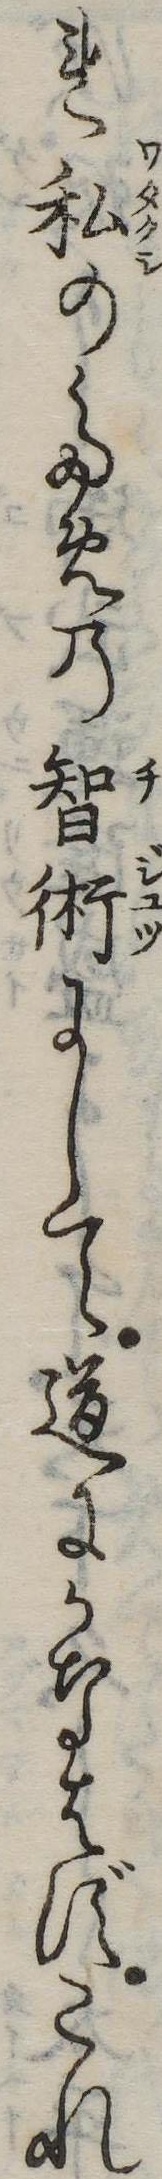
れ私のための智術にして道にかなはずこれ